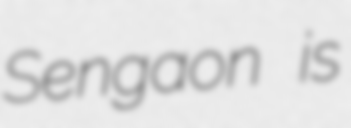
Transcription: Sengaon is